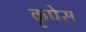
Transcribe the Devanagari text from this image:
कृपेस